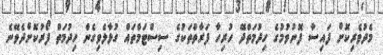
މެދުވެރިކޮށް ފައިސާ ފޮނުވުމުގެ ހިދުމަތްދޭ ހުރިހާ ފަރާތްތަކުގެ ސިސްޓަމްތައް ގުޅާލެވިގެން ހިދުމަތް ފޯރުކޮށްދެވޭނެ